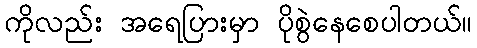
ကိုလည်း အရေပြားမှာ ပိုစွဲနေစေပါတယ်။